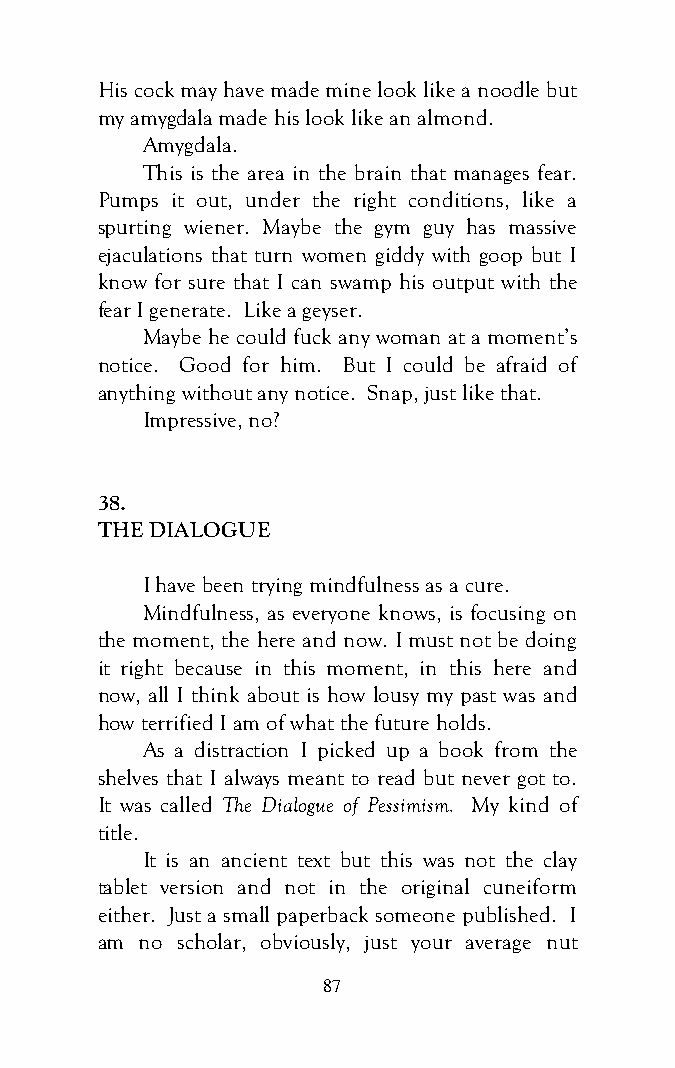
His cock may have made mine look like a noodle but
 my amygdala made his look like an almond.
 Amygdala.
 This is the area in the brain that manages fear.
 Pumps it out, under the right conditions, like a
 spurting wiener. Maybe the gym guy has massive
 ejaculations that turn women giddy with goop but I
 know for sure that I can swamp his output with the
 fear I generate. Like a geyser.
 Maybe he could fuck any woman at a moment’s
 notice. Good for him. But I could be afraid of
 anything without any notice. Snap, just like that.
 Impressive, no?
 38.
 THE DIALOGUE
 I have been trying mindfulness as a cure.
 Mindfulness, as everyone knows, is focusing on
 the moment, the here and now. I must not be doing
 it right because in this moment, in this here and
 now, all I think about is how lousy my past was and
 how terrified I am of what the future holds.
 As a distraction I picked up a book from the
 shelves that I always meant to read but never got to.
 It was called The Dialogue of Pessimism. My kind of
 title.
 It is an ancient text but this was not the clay
 tablet version and not in the original cuneiform
 either. Just a small paperback someone published. I
 am no scholar, obviously, just your average nut
 87